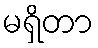
မရှိတာ